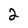
Character: 2